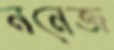
ননেজ